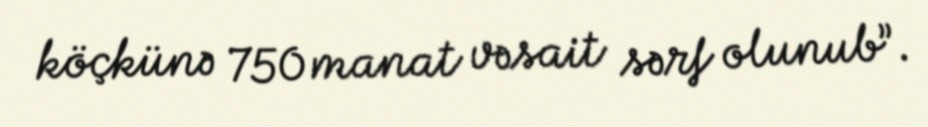
köçkünə 750 manat vəsait sərf olunub”.